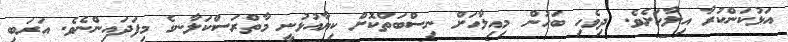
އަޅުކަންކުރާ އިލާހަށެވެ. ދިވެހި ބަހުން މިއިލާހަށް ނިސްބަތްކޮށް ކިޔާއުޅުނީ މާތްރަސްކަލާނގެ މިފަދައިންނެވެ. އަރަބި